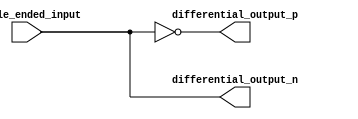
module IO_Diff_Buffer (
    input single_ended_input,
    output differential_output_p,
    output differential_output_n
);

wire inv_out;

assign differential_output_p = inv_out;
assign differential_output_n = ~inv_out;

assign inv_out = ~single_ended_input;

endmodule